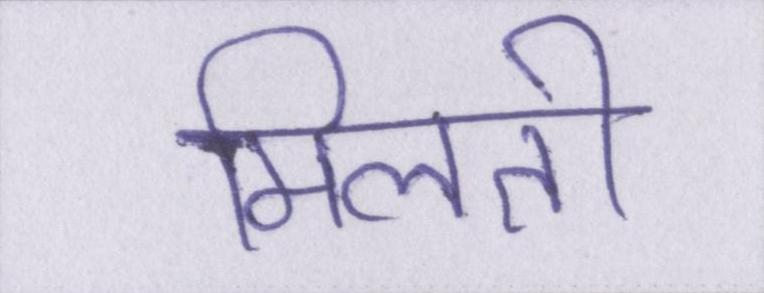
मिलती